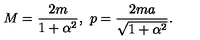
M = { \frac { 2 m } { 1 + \alpha ^ { 2 } } } , \ p = { \frac { 2 m a } { \sqrt { 1 + \alpha ^ { 2 } } } } .